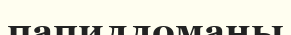
папилломаны